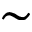
\sim